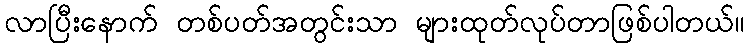
လာပြီးနောက် တစ်ပတ်အတွင်းသာ များထုတ်လုပ်တာဖြစ်ပါတယ်။